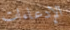
الإدعاءات